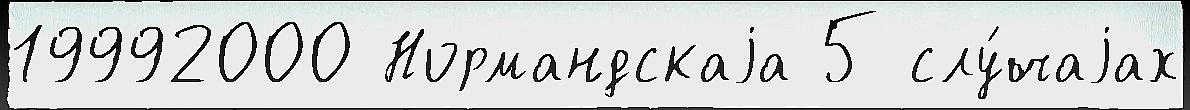
19992000 Нормандскаjа 5 слу́чаjах